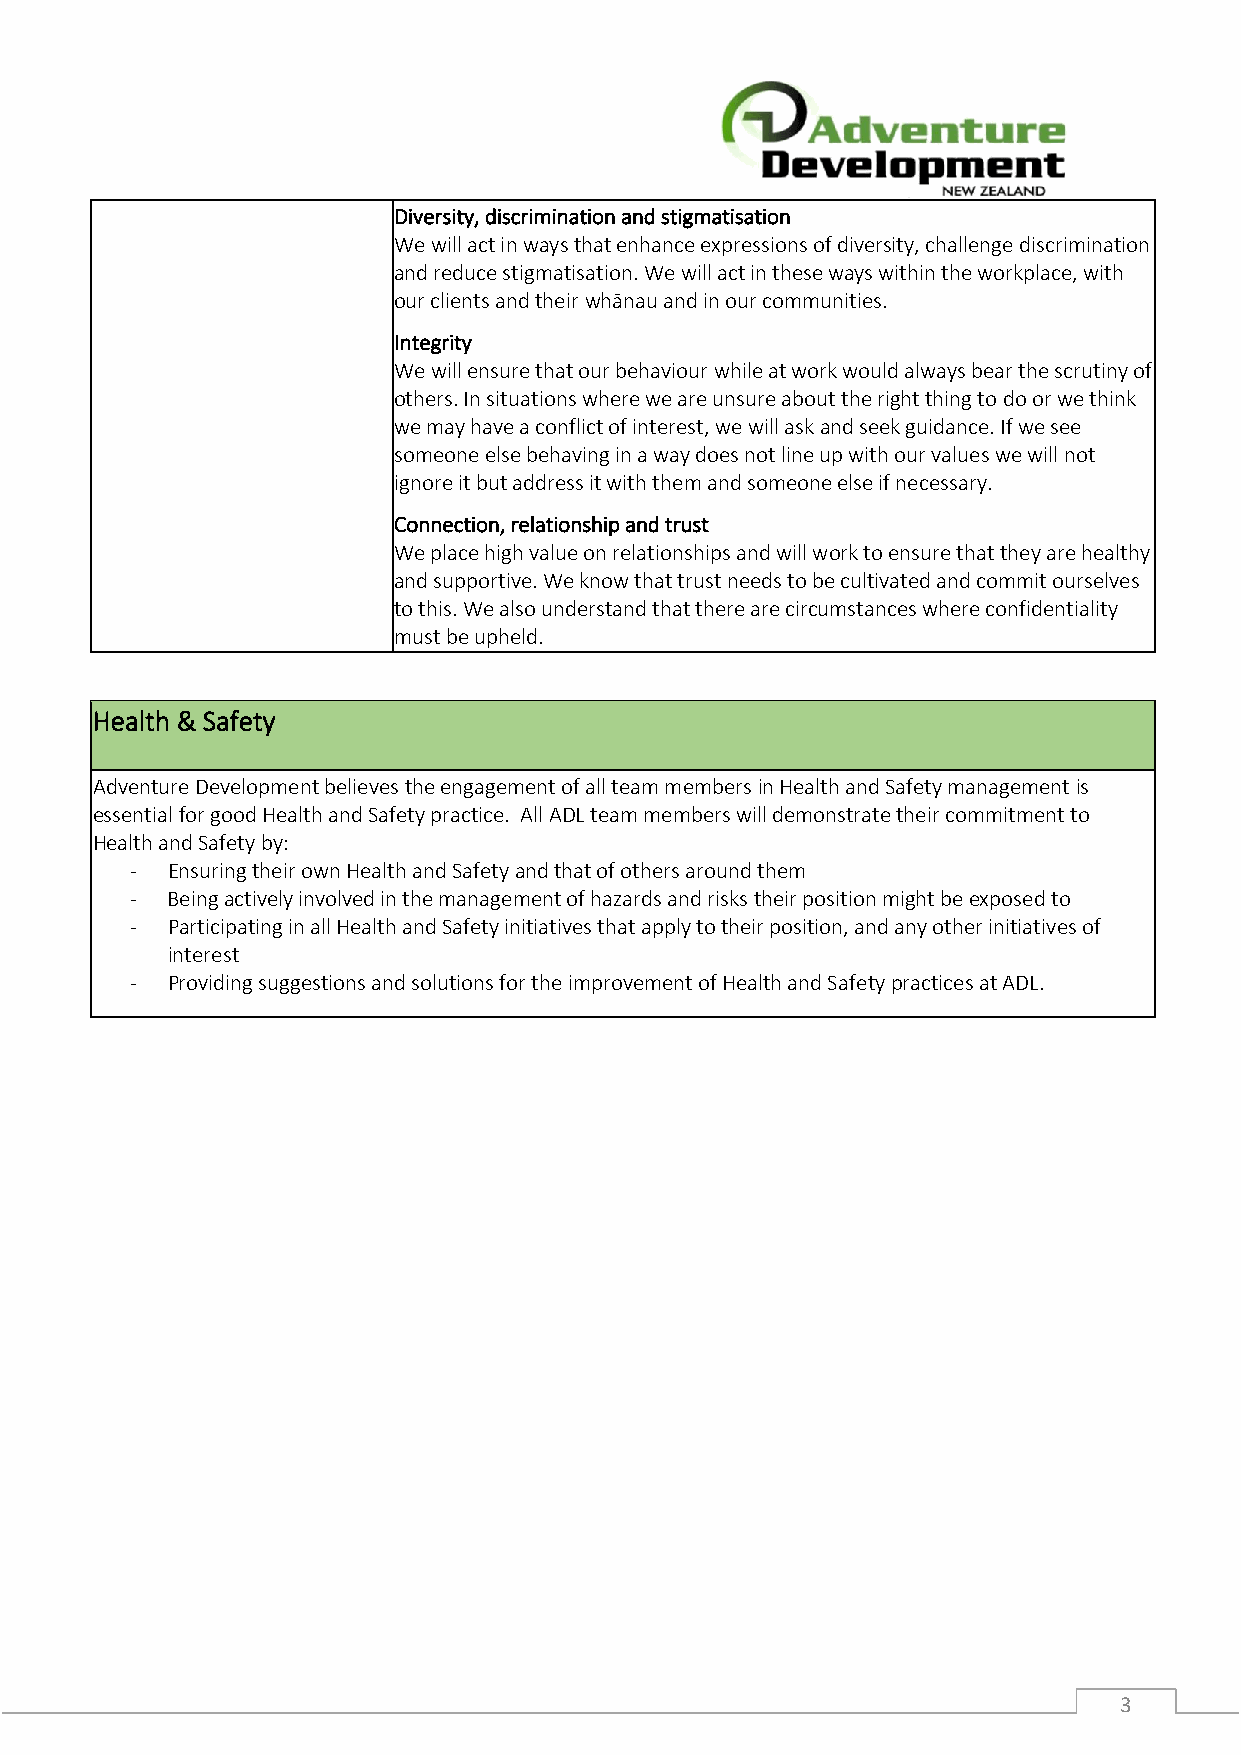
Diversity, discrimination and stigmatisation
 We will act in ways that enhance expressions of diversity, challenge discrimination
 and reduce stigmatisation. We will act in these ways within the workplace, with
 our clients and their whānau and in our communities.
 Integrity
 We will ensure that our behaviour while at work would always bear the scrutiny of
 others. In situations where we are unsure about the right thing to do or we think
 we may have a conflict of interest, we will ask and seek guidance. If we see
 someone else behaving in a way does not line up with our values we will not
 ignore it but address it with them and someone else if necessary.
 Connection, relationship and trust
 We place high value on relationships and will work to ensure that they are healthy
 and supportive. We know that trust needs to be cultivated and commit ourselves
 to this. We also understand that there are circumstances where confidentiality
 must be upheld.
 Health & Safety
 Adventure Development believes the engagement of all team members in Health and Safety management is
 essential for good Health and Safety practice. All ADL team members will demonstrate their commitment to
 Health and Safety by:
 - Ensuring their own Health and Safety and that of others around them
 - Being actively involved in the management of hazards and risks their position might be exposed to
 - Participating in all Health and Safety initiatives that apply to their position, and any other initiatives of
 interest
 - Providing suggestions and solutions for the improvement of Health and Safety practices at ADL.
 3